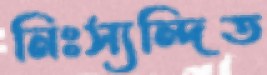
নিঃস্যন্দিত